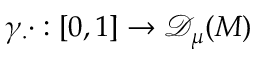
\gamma _ { \cdot } \cdot : [ 0 , 1 ] \to { \mathscr { D } _ { \mu } ( M ) }